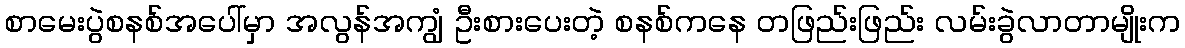
စာမေးပွဲစနစ်အပေါ်မှာ အလွန်အကျွံ ဦးစားပေးတဲ့ စနစ်ကနေ တဖြည်းဖြည်း လမ်းခွဲလာတာမျိုးက